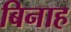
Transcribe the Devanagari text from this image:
बिनाह